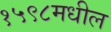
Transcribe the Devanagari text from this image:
१५९८मधील